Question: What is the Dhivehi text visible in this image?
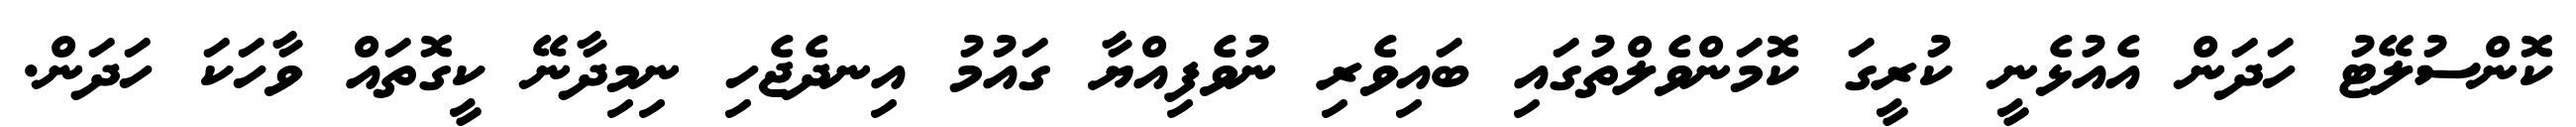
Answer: ކޮންސުލޭޓު ހަދަން އެއުޅެނީ ކުރީގަ ކޮމަންވެލްތުގައި ބައިވެރި ނުވެފިއްޔާ ގައުމު އިނދެޖެހި ނިމިދާނޭ ކީގޮތައް ވާހަކަ ހަދަން.